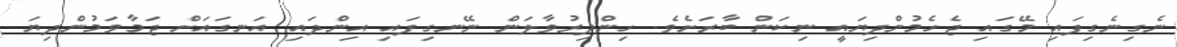
ނެގިނެގިފައި މޭގައި ޖެހެމުންދިޔައީ ނިކަން ބާރަށެވެ. ހިންދިރުވާލަން ނޭނގިފައި އިންދައި އަނގައަށް ޖަމާވަމުންދިޔަ